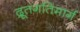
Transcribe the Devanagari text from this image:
द्रूतगतिमार्ग